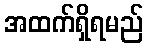
အထက်ရှိရမည်